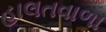
હાલતવાળા